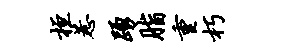
桓惹踊脂重朽